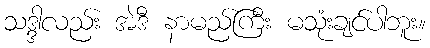
သဒ္ဒါလည်း အဲဒီ နာမည်ကြီး မသုံးချင်ပါဘူး။